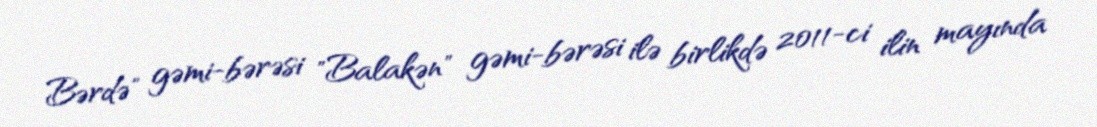
Bərdə" gəmi-bərəsi "Balakən" gəmi-bərəsi ilə birlikdə 2011-ci ilin mayında